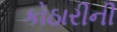
કોઠારીની